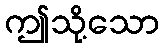
ဤသို့သော